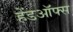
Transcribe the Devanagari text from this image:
हेंडऑफ्स